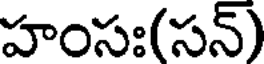
హంసః(సన్)